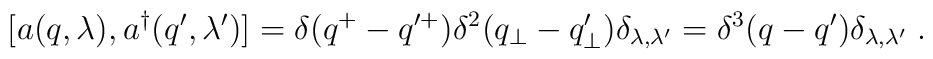
[a(q,\lambda),a^\dagger (q^\prime,\lambda^\prime)]=\delta (q^+ - q^{\prime +})\delta^2 (q_\perp - q_\perp^ \prime) \delta_{\lambda,\lambda^\prime} =\delta^3 (q - q^\prime) \delta_{\lambda,\lambda^\prime}\;.